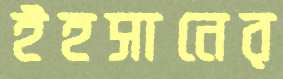
ইহসানের